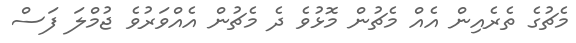
މެޗުގެ ތެރެއިން އެއް މެޗުން މޮޅުވެ ދެ މެޗުން އެއްވަރުވެ ޖުމްލަ ފަސް